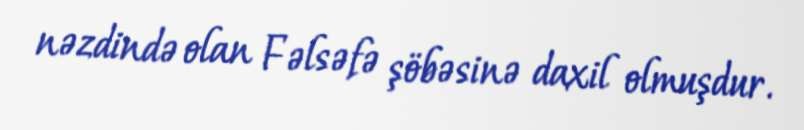
nəzdində olan Fəlsəfə şöbəsinə daxil olmuşdur.